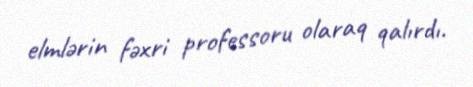
elmlərin fəxri professoru olaraq qalırdı.